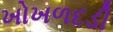
ખોખળદડી